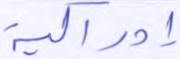
إدراكية